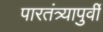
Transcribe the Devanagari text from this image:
पारतंत्र्यापुर्वी